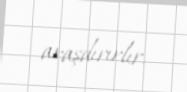
araşdırırlır.